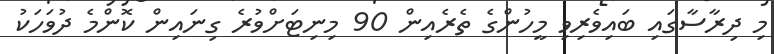
މި ދިރާސާގައި ބައިވެރިވި މީހުންގެ ތެރެއިން 90 މިނިޓަށްވުރެ ގިނައިން ކޮންމެ ދުވަހަކު